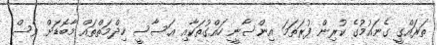
ތަރައްގީ ގެނައުމުގެ ކުރިން ފުރަތަމަ އިންސާނީ ހައްގުތަކާއި އަސާސީ ހިދްމަތްތައް މާބޮޑަށް ވެސް